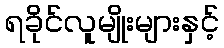
ရခိုင်လူမျိုးများနှင့်